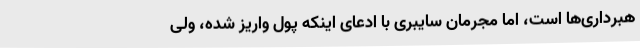
هبرداری‌ها است، اما مجرمان سایبری با ادعای اینکه پول واریز شده، ولی